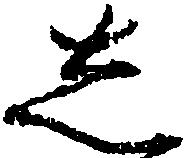
し